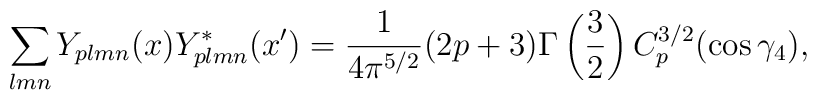
\sum_{lmn} Y_{plmn}(x)Y^*_{p lmn}(x') =\frac{1}{4 \pi^{5/2}}(2p+3) \Gamma \left(\frac{3}{2} \right) C^{3/2}_p (\cos \gamma_4),